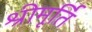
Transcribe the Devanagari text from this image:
श्रीमूर्ति